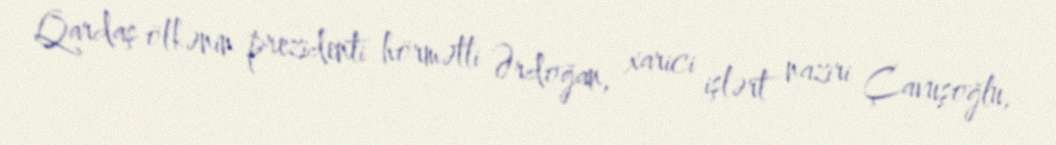
Qardaş ölkənin prezidenti hörmətli Ərdoğan, xarici işlərt naziri Çavuşoğlu,